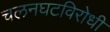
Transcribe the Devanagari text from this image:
चलनघटविरोधी